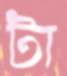
টা